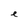
Character: e